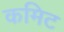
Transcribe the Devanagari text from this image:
कमिट